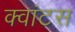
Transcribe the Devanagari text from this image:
क्वांटस